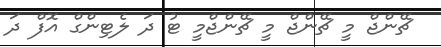
ޗޭންޖް މީ ޗޭންޖް މީ ޗޭންޖްމީ ޓު ދަ ލެޓިންގް އޮފް ދަ